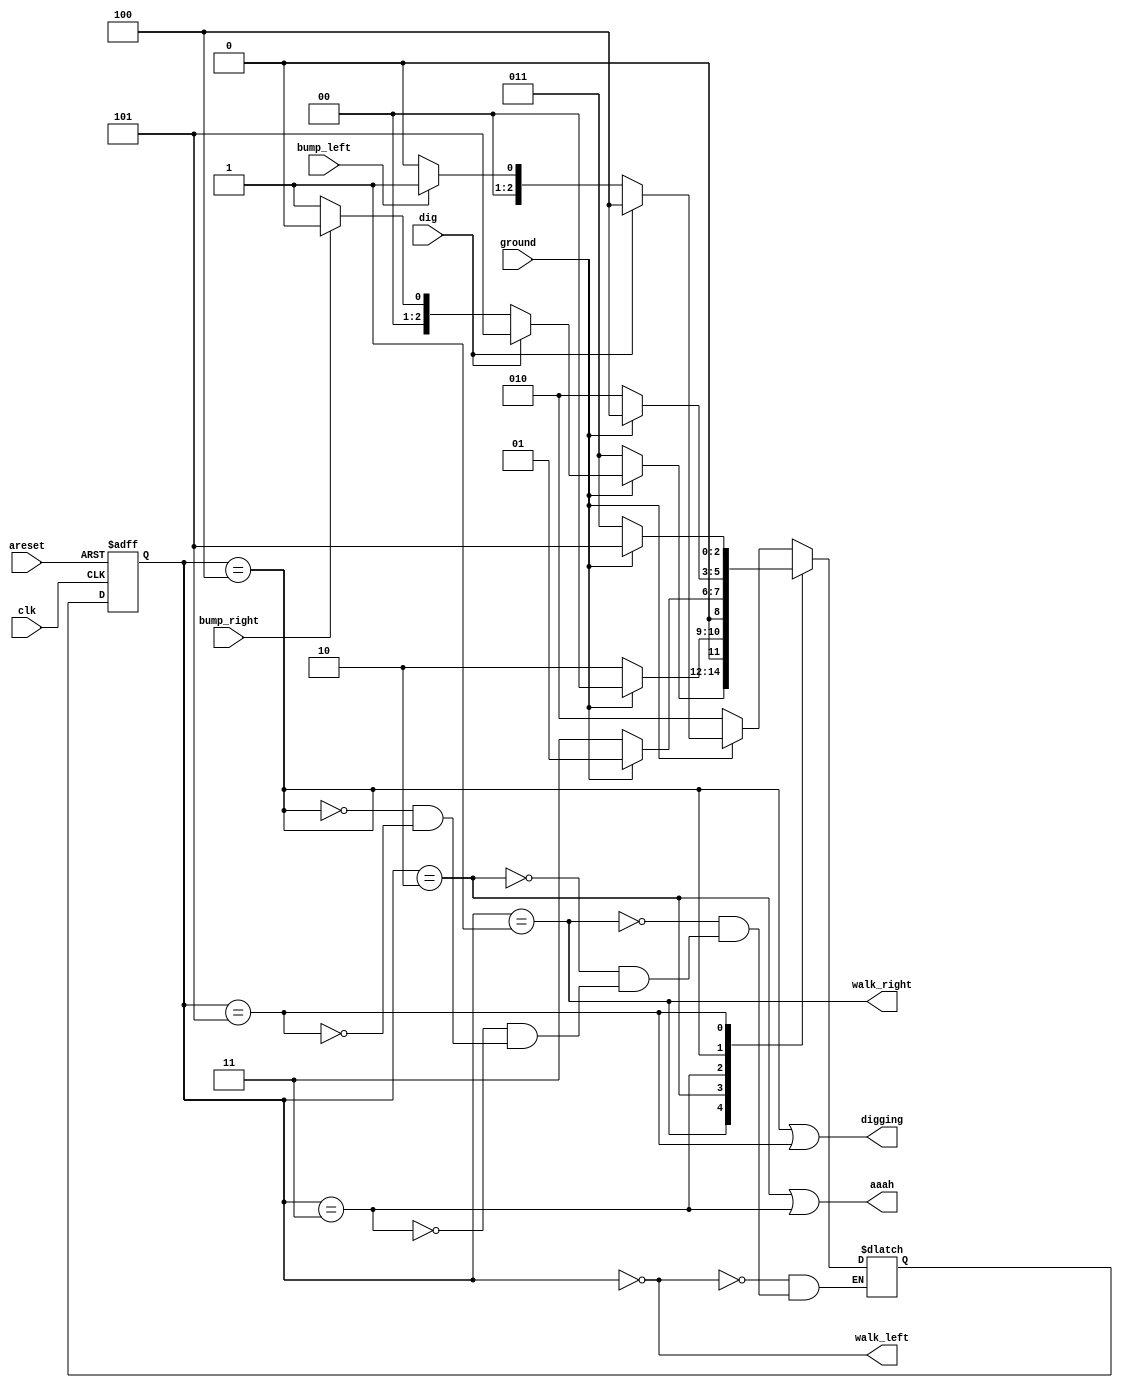
module top_module(
    input clk,
    input areset,    // Freshly brainwashed Lemmings walk left.
    input bump_left,
    input bump_right,
    input ground,
    input dig,
    output walk_left,
    output walk_right,
    output aaah,
    output digging ); 

    parameter LEFT = 0 , RIGHT = 1 , DOWN_L = 2 , DOWN_R = 3 , DIG_L = 4, DIG_R = 5;
    reg [2:0] cstate , nstate ;
    
    always @(posedge clk or posedge areset) begin
        if(areset) begin
            cstate <= LEFT ;
        end
        else begin
            cstate <= nstate ;
        end
    end
    
    always @(*) begin
        case(cstate)
            LEFT : nstate = ground ? (dig ? DIG_L : (bump_left ? RIGHT : LEFT)) : DOWN_L ; 
            RIGHT : nstate = ground ? (dig ? DIG_R : (bump_right ? LEFT : RIGHT)) : DOWN_R ; 
            DOWN_L : nstate = ground ? LEFT : DOWN_L ;
            DOWN_R : nstate = ground ? RIGHT : DOWN_R ;
            DIG_L : nstate = ground ? DIG_L : DOWN_L ;
            DIG_R : nstate = ground ? DIG_R : DOWN_R ;
        endcase
    end
    
    assign walk_left = (cstate == LEFT) ;
    assign walk_right = (cstate == RIGHT) ;
    assign aaah = (cstate == DOWN_L || cstate == DOWN_R) ;
    assign digging = (cstate == DIG_L || cstate == DIG_R) ;
    
    
endmodule